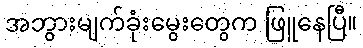
အဘွားမျက်ခုံးမွေးတွေက ဖြူနေပြီ။